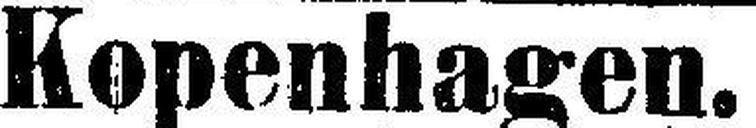
Kopenhagen